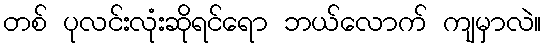
တစ် ပုလင်းလုံးဆိုရင်ရော ဘယ်လောက် ကျမှာလဲ။